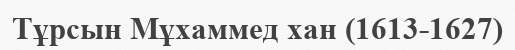
Тұрсын Мұхаммед хан (1613-1627)